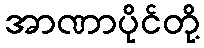
အာဏာပိုင်တို့